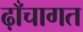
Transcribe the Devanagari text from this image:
ढ़ाँचागत